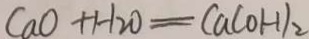
C a O + H _ { 2 } O = C a ( O H ) _ { 2 }